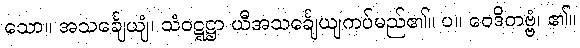
သော။ အသင်္ချေယျံ၊ သံဝဋ္ဋဋ္ဌာ ယီအသင်္ချေယျကပ်မည်၏။ ပ။ ဝေဒိတဗ္ဗံ၊ ၏။